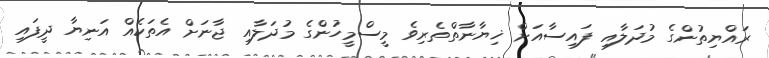
ރައްޔިތުންގެ މުދަލާއި ފައިސާއަށް ޚިޔާނާތްތެރިވެ މީސްމީހުންގެ މުދަލާއި ޖާނަށް އެތަކެއް އަނިޔާ ދީފައި